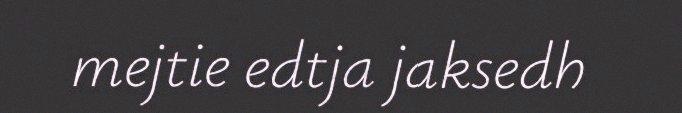
mejtie edtja jaksedh